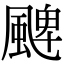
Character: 𩗫